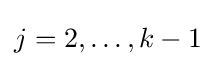
j=2,\ldots ,k-1